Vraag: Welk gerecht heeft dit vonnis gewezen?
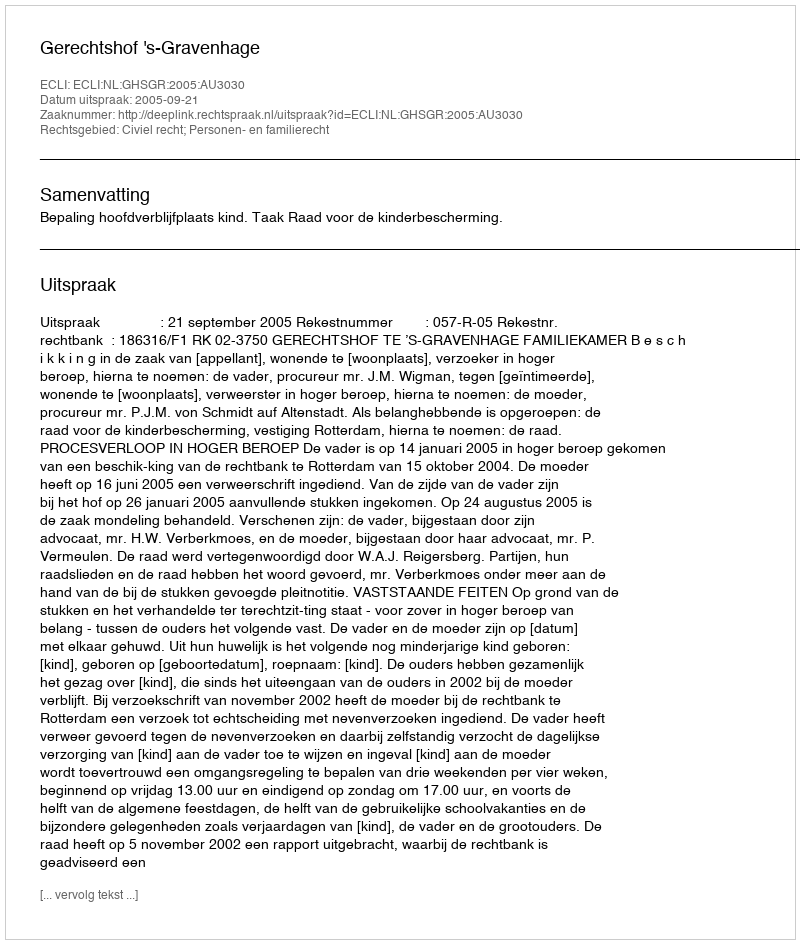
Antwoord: Gerechtshof 's-Gravenhage